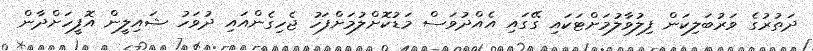
ދަތުރުގެ ވަރުބަލިކަން ފިލުވާލުމަށްޓަކައި ގޭގައި އެއްދުވަސް މަޑުކޮށްލުމަށްފަހު ޖެހިގެންއައި ދުވަހު ޝައިލީން އޮފީހަށްދާން